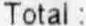
TOTAL: